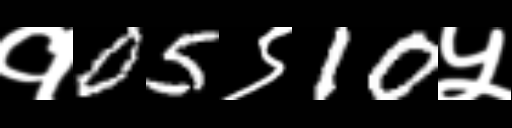
Text: १05९10५